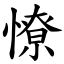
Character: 憭